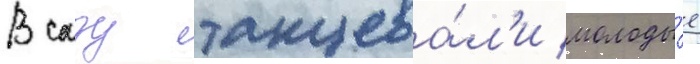
В саду танцева́л'и молоды́е